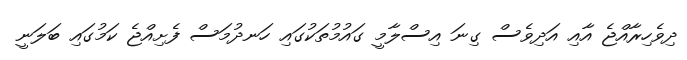
ދިވެހިރާއްޖެ އާއި އަދިވެސް ގިނަ އިސްލާމީ ގައުމުތަކުގައި ހަނދުމަސް ފެށިއްޖެ ކަމުގައި ބަލަނީ